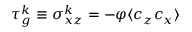
\tau _ { g } ^ { k } \equiv \sigma _ { x z } ^ { k } = - \varphi \langle c _ { z } c _ { x } \rangle